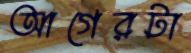
আগেরটা